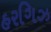
હરગિઝ